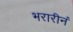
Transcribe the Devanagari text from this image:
भरारीनं